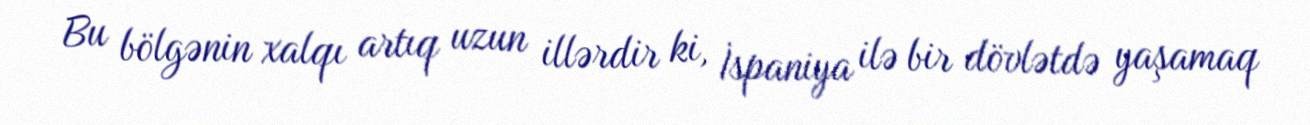
Bu bölgənin xalqı artıq uzun illərdir ki, İspaniya ilə bir dövlətdə yaşamaq